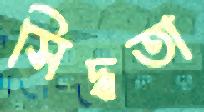
সিদ্ধতা